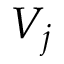
V _ { j }